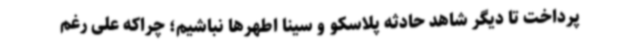
پرداخت تا دیگر شاهد حادثه پلاسکو و سینا اطهرها نباشیم؛ چراکه علی رغم